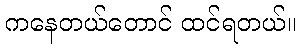
ကနေတယ်တောင် ထင်ရတယ်။